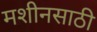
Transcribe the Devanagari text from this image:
मशीनसाठी